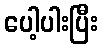
ပေါ့ပါးပြီး